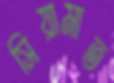
সিয়ামাত